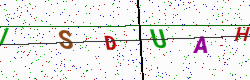
Text: ISDUAH